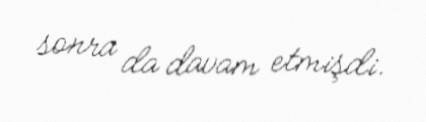
sonra da davam etmişdi.